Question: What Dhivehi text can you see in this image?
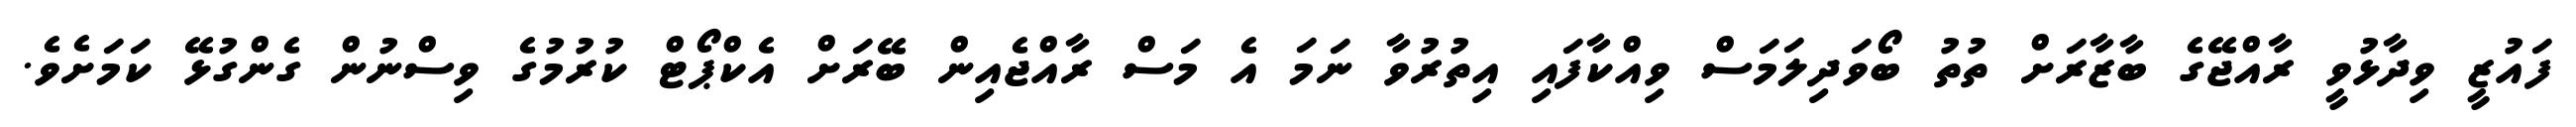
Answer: ފައުޒީ ވިދާޅުވީ ރާއްޖޭގެ ބާޒާރަށް ތުތު ބޯވަދިލަމަސް ވިއްކާފައި އިތުރުވާ ނަމަ އެ މަސް ރާއްޖެއިން ބޭރަށް އެކްޕޯޓް ކުރުމުގެ ވިސްނުން ގެންގުޅޭ ކަމަށެވެ.